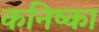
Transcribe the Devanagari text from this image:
कनिष्का